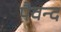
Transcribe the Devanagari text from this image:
पैवन्द